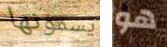
يسمونها هو